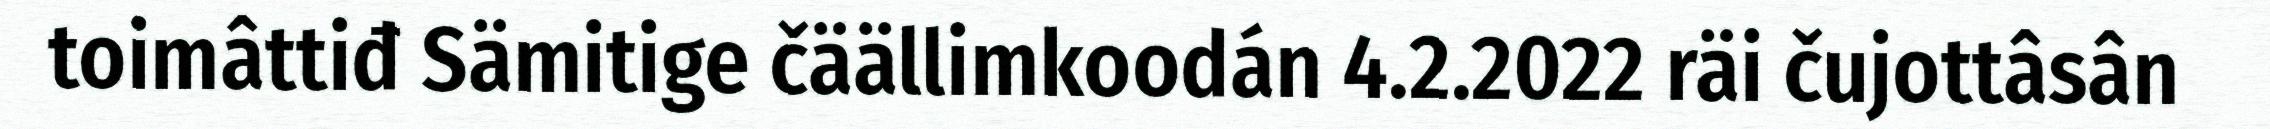
toimâttiđ Sämitige čäällimkoodán 4.2.2022 räi čujottâsân